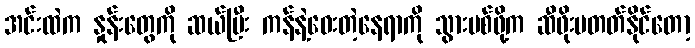
အင်းထဲက နှုန်းတွေကို ဆယ်ပြီး ကန်နဲ့ဝေးတဲ့နေရာကို သွားပစ်ဖို့က ဆီဖိုးမတတ်နိုင်တော့